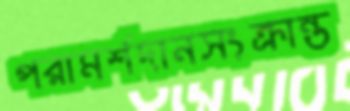
পরামর্শদানসংক্রান্ত